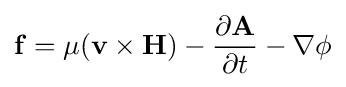
\mathbf {f} =\mu (\mathbf {v} \times \mathbf {H} )-{\frac {\partial \mathbf {A} }{\partial t}}-\nabla \phi